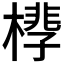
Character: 𪳧